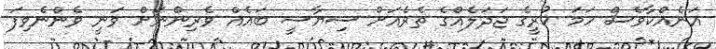
އަނެއްކާވެސް ހަމަ ކުރީގެ ޖަދަލެއްގެ ތެރެއަށް ސިޔާސީ ބައެއް ވެރިންނަށް ވަނީ ވެންނެވިފަ